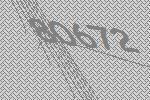
80672